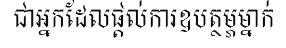
ជាអ្នកដែលផ្តល់ការឧបត្ថម្ភម្នាក់